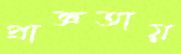
প্রাজ্ঞতায়